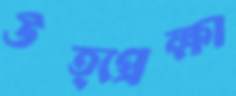
উত্প্রেক্ষা